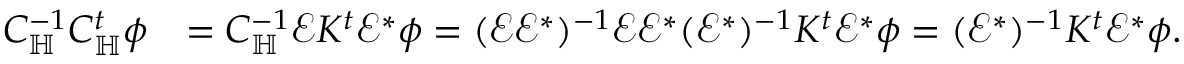
\begin{array} { r l } { C _ { \mathbb H } ^ { - 1 } C _ { \mathbb H } ^ { t } \phi } & { = C _ { \mathbb H } ^ { - 1 } \mathcal E K ^ { t } \mathcal E ^ { * } \phi = ( \mathcal E \mathcal E ^ { * } ) ^ { - 1 } \mathcal E \mathcal E ^ { * } ( \mathcal E ^ { * } ) ^ { - 1 } K ^ { t } \mathcal E ^ { * } \phi = ( \mathcal E ^ { * } ) ^ { - 1 } K ^ { t } \mathcal E ^ { * } \phi . } \end{array}